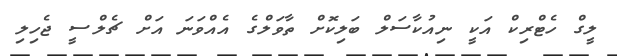
ލީގް ހެޓްރިކް އަކީ ނިއުކާސަލް ބަލިކޮށް ތާވަލްގެ އެއްވަނަ އަށް ޗެލްސީ ޖެހިލި